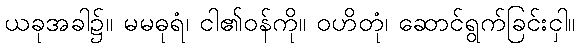
ယခုအခါ၌။ မမဓုရံ၊ ငါ၏ဝန်ကို။ ဝဟိတုံ၊ ဆောင်ရွက်ခြင်းငှါ။